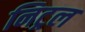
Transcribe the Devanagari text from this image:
निट्रल